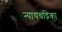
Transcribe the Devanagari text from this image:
न्यायचंद्रिका